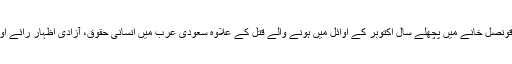
يہ پيش رفت صحافی جمال خاشقجی کے استنبول ميں سعودی قونصل خانے ميں پچھلے سال اکتوبر کے اوائل ميں ہونے والے قتل کے علاوہ سعودی عرب ميں انسانی حقوق، آزادی اظہار رائے اور بنيادی حقوق کی صورتحال کے تناظر ميں سامنے آئی ہے۔